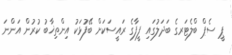
ޕީ ސެޕް ބްލެޓަރގެ ބަދަލުގައި ފީފާގެ ރައީސަކަށް ބޭފުޅަކު އިންތިޚާބު ކުރުން އަންނަ